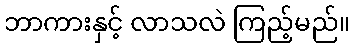
ဘာကားနှင့် လာသလဲ ကြည့်မည်။